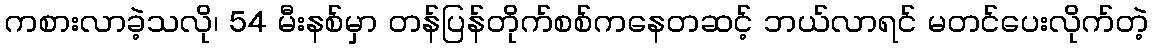
ကစားလာခဲ့သလို၊ 54 မီးနစ်မှာ တန်ပြန်တိုက်စစ်ကနေတဆင့် ဘယ်လာရင် မတင်ပေးလိုက်တဲ့